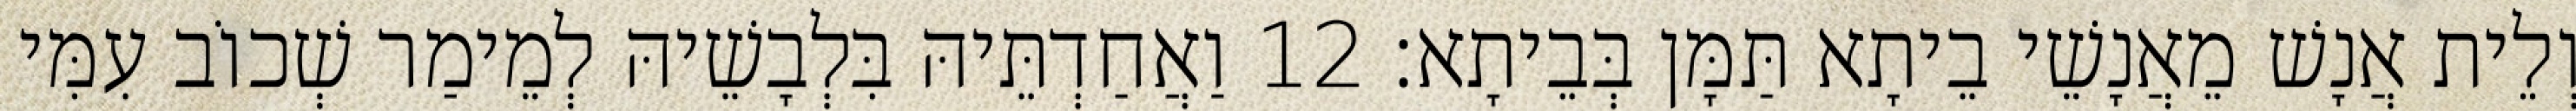
וְלֵית אֲנָשׁ מֵאֲנָשֵׁי בֵיתָא תַּמָּן בְּבֵיתָא׃ 12 וַאֲחַדְתֵּיהּ בִּלְבָשֵׁיהּ לְמֵימַר שְׁכוֹב עִמִּי